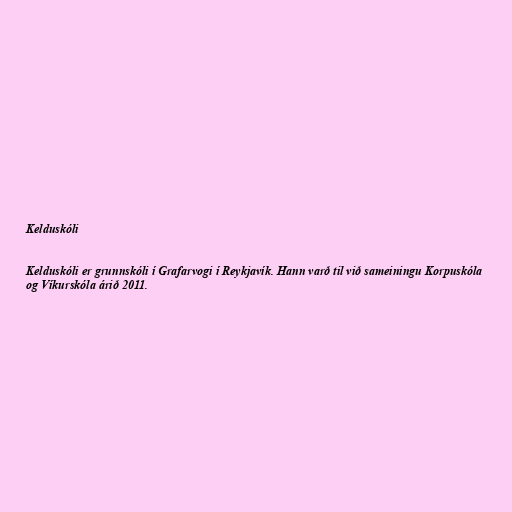
Kelduskóli

Kelduskóli er grunnskóli í Grafarvogi í Reykjavík. Hann varð til við sameiningu Korpuskóla
og Víkurskóla árið 2011.